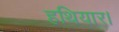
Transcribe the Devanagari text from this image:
हथियार।